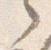
之